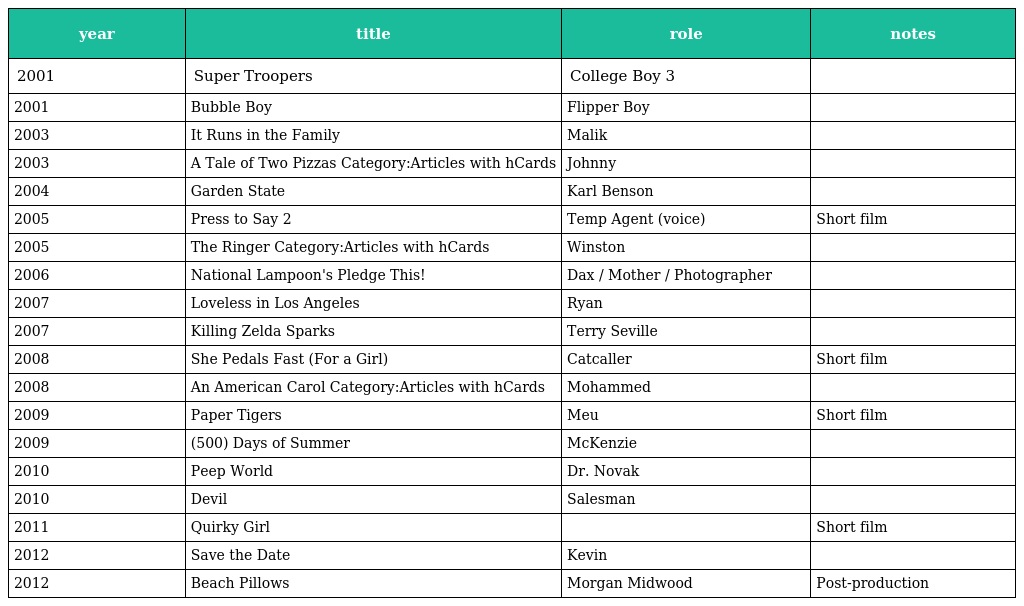
| year | title | role | notes |
 | --- | --- | --- | --- |
 | 2001 | Super Troopers | College Boy 3 |  |
 | 2001 | Bubble Boy | Flipper Boy |  |
 | 2003 | It Runs in the Family | Malik |  |
 | 2003 | A Tale of Two Pizzas Category:Articles with hCards | Johnny |  |
 | 2004 | Garden State | Karl Benson |  |
 | 2005 | Press to Say 2 | Temp Agent (voice) | Short film |
 | 2005 | The Ringer Category:Articles with hCards | Winston |  |
 | 2006 | National Lampoon's Pledge This! | Dax / Mother / Photographer |  |
 | 2007 | Loveless in Los Angeles | Ryan |  |
 | 2007 | Killing Zelda Sparks | Terry Seville |  |
 | 2008 | She Pedals Fast (For a Girl) | Catcaller | Short film |
 | 2008 | An American Carol Category:Articles with hCards | Mohammed |  |
 | 2009 | Paper Tigers | Meu | Short film |
 | 2009 | (500) Days of Summer | McKenzie |  |
 | 2010 | Peep World | Dr. Novak |  |
 | 2010 | Devil | Salesman |  |
 | 2011 | Quirky Girl |  | Short film |
 | 2012 | Save the Date | Kevin |  |
 | 2012 | Beach Pillows | Morgan Midwood | Post-production |